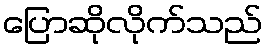
ပြောဆိုလိုက်သည်